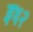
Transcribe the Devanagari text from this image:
इ६२